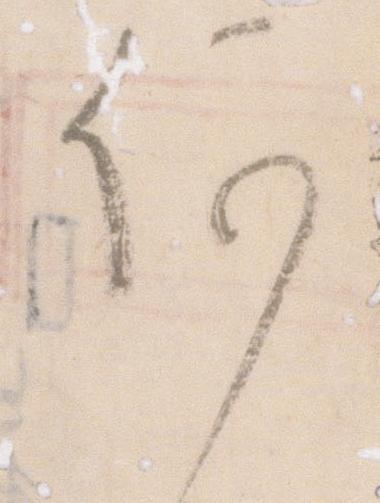
何